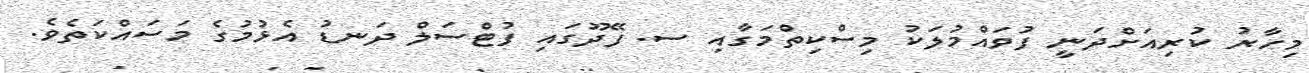
މިހާރު ކުރިއަށްދަނީ ފުވައްމުލަކު މިސްކިތްމަގާއި ސ. ފޭދޫގައި ފުޓްސަލް ދަނޑު އެޅުމުގެ މަސައްކަތެވެ.